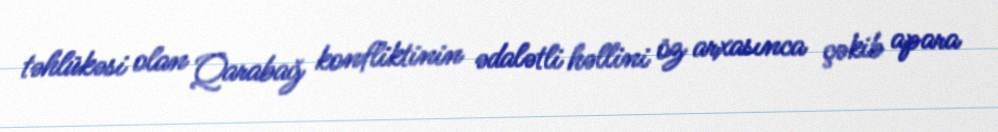
təhlükəsi olan Qarabağ konfliktinin ədalətli həllini öz arxasınca çəkib apara